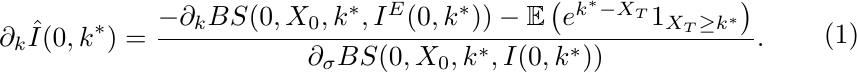
\begin{align}
\begin{split}
\partial_k \hat{I}(0,k^{*}) = \frac{-\partial_kBS(0,X_0,k^*,I^E(0,k^*))-\mathbb{E}\left(e^{k^*-X_T}1_{X_T\geq k^*}\right)}{\partial_{\sigma}BS(0,X_0,k^*,I(0,k^*))}.
\end{split}
\label{skew_estimator}
\end{align}